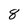
Character: 8